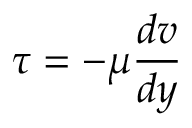
\tau = - \mu { \frac { d v } { d y } }